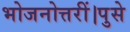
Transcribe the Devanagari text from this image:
भोजनोत्तरीं।पुसे